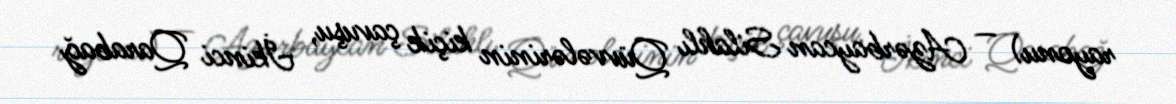
rayonu) — Azərbaycan Silahlı Qüvvələrinin kiçik çavuşu, İkinci Qarabağ